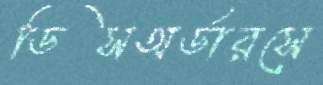
ডিসঅর্ডারসে